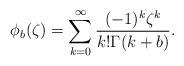
LaTeX: \begin{align*} \phi_b(\zeta)=\sum_{k=0}^{\infty}\frac{(-1)^k\zeta^k}{k!\Gamma(k+b)}.\end{align*}